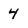
Character: 4